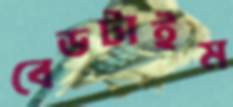
বেডটাইম